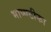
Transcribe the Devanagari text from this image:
भाष्यटीका